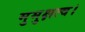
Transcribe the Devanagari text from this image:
मुमुक्षत्व।